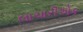
લાચારીએક